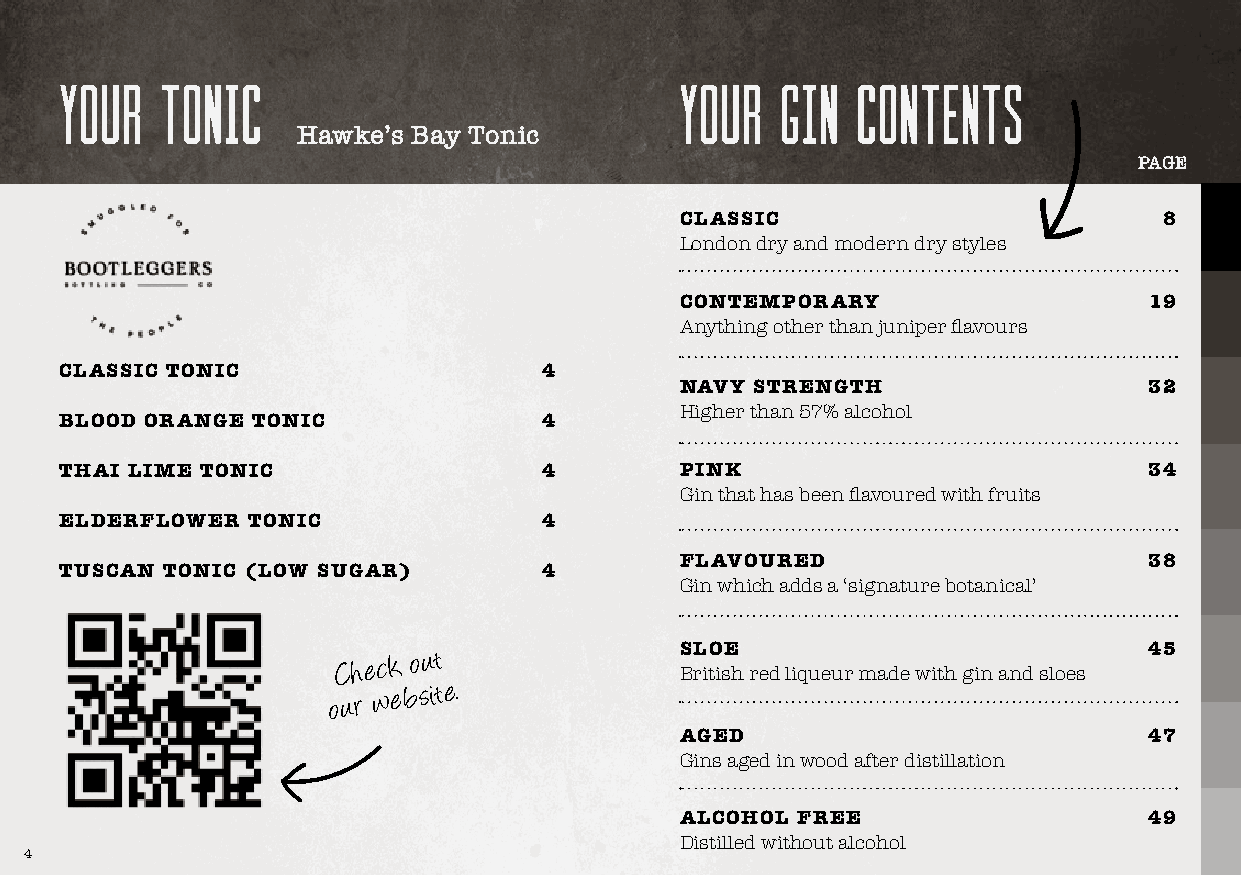
your   tonic                             your   gin  contents
 Hawke’s Bay Tonic
 PAGE
 CLASSIC                         8
 London dry and modern dry styles
 CONTEMPORARY                   19
 Anything other than juniper flavours
 CLASSIC TONIC                   4
 NAVY STRENGTH                  32
 Higher than 57% alcohol
 BLOOD ORANGE TONIC              4
 THAI LIME TONIC                 4        PINK                           34
 Gin that has been flavoured with fruits
 ELDERFLOWER TONIC               4
 FLAVOURED                      38
 TUSCAN TONIC (LOW SUGAR)        4
 Gin which adds a ‘signature botanical’
 C h e ck o ut          SLOE                           45
 British red liqueur made with gin and sloes
 o u r we b s it e.
 AGED                           47
 Gins aged in wood after distillation
 ALCOHOL FREE                   49
 Distilled without alcohol
 4                                                                             5